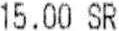
15.00 SR